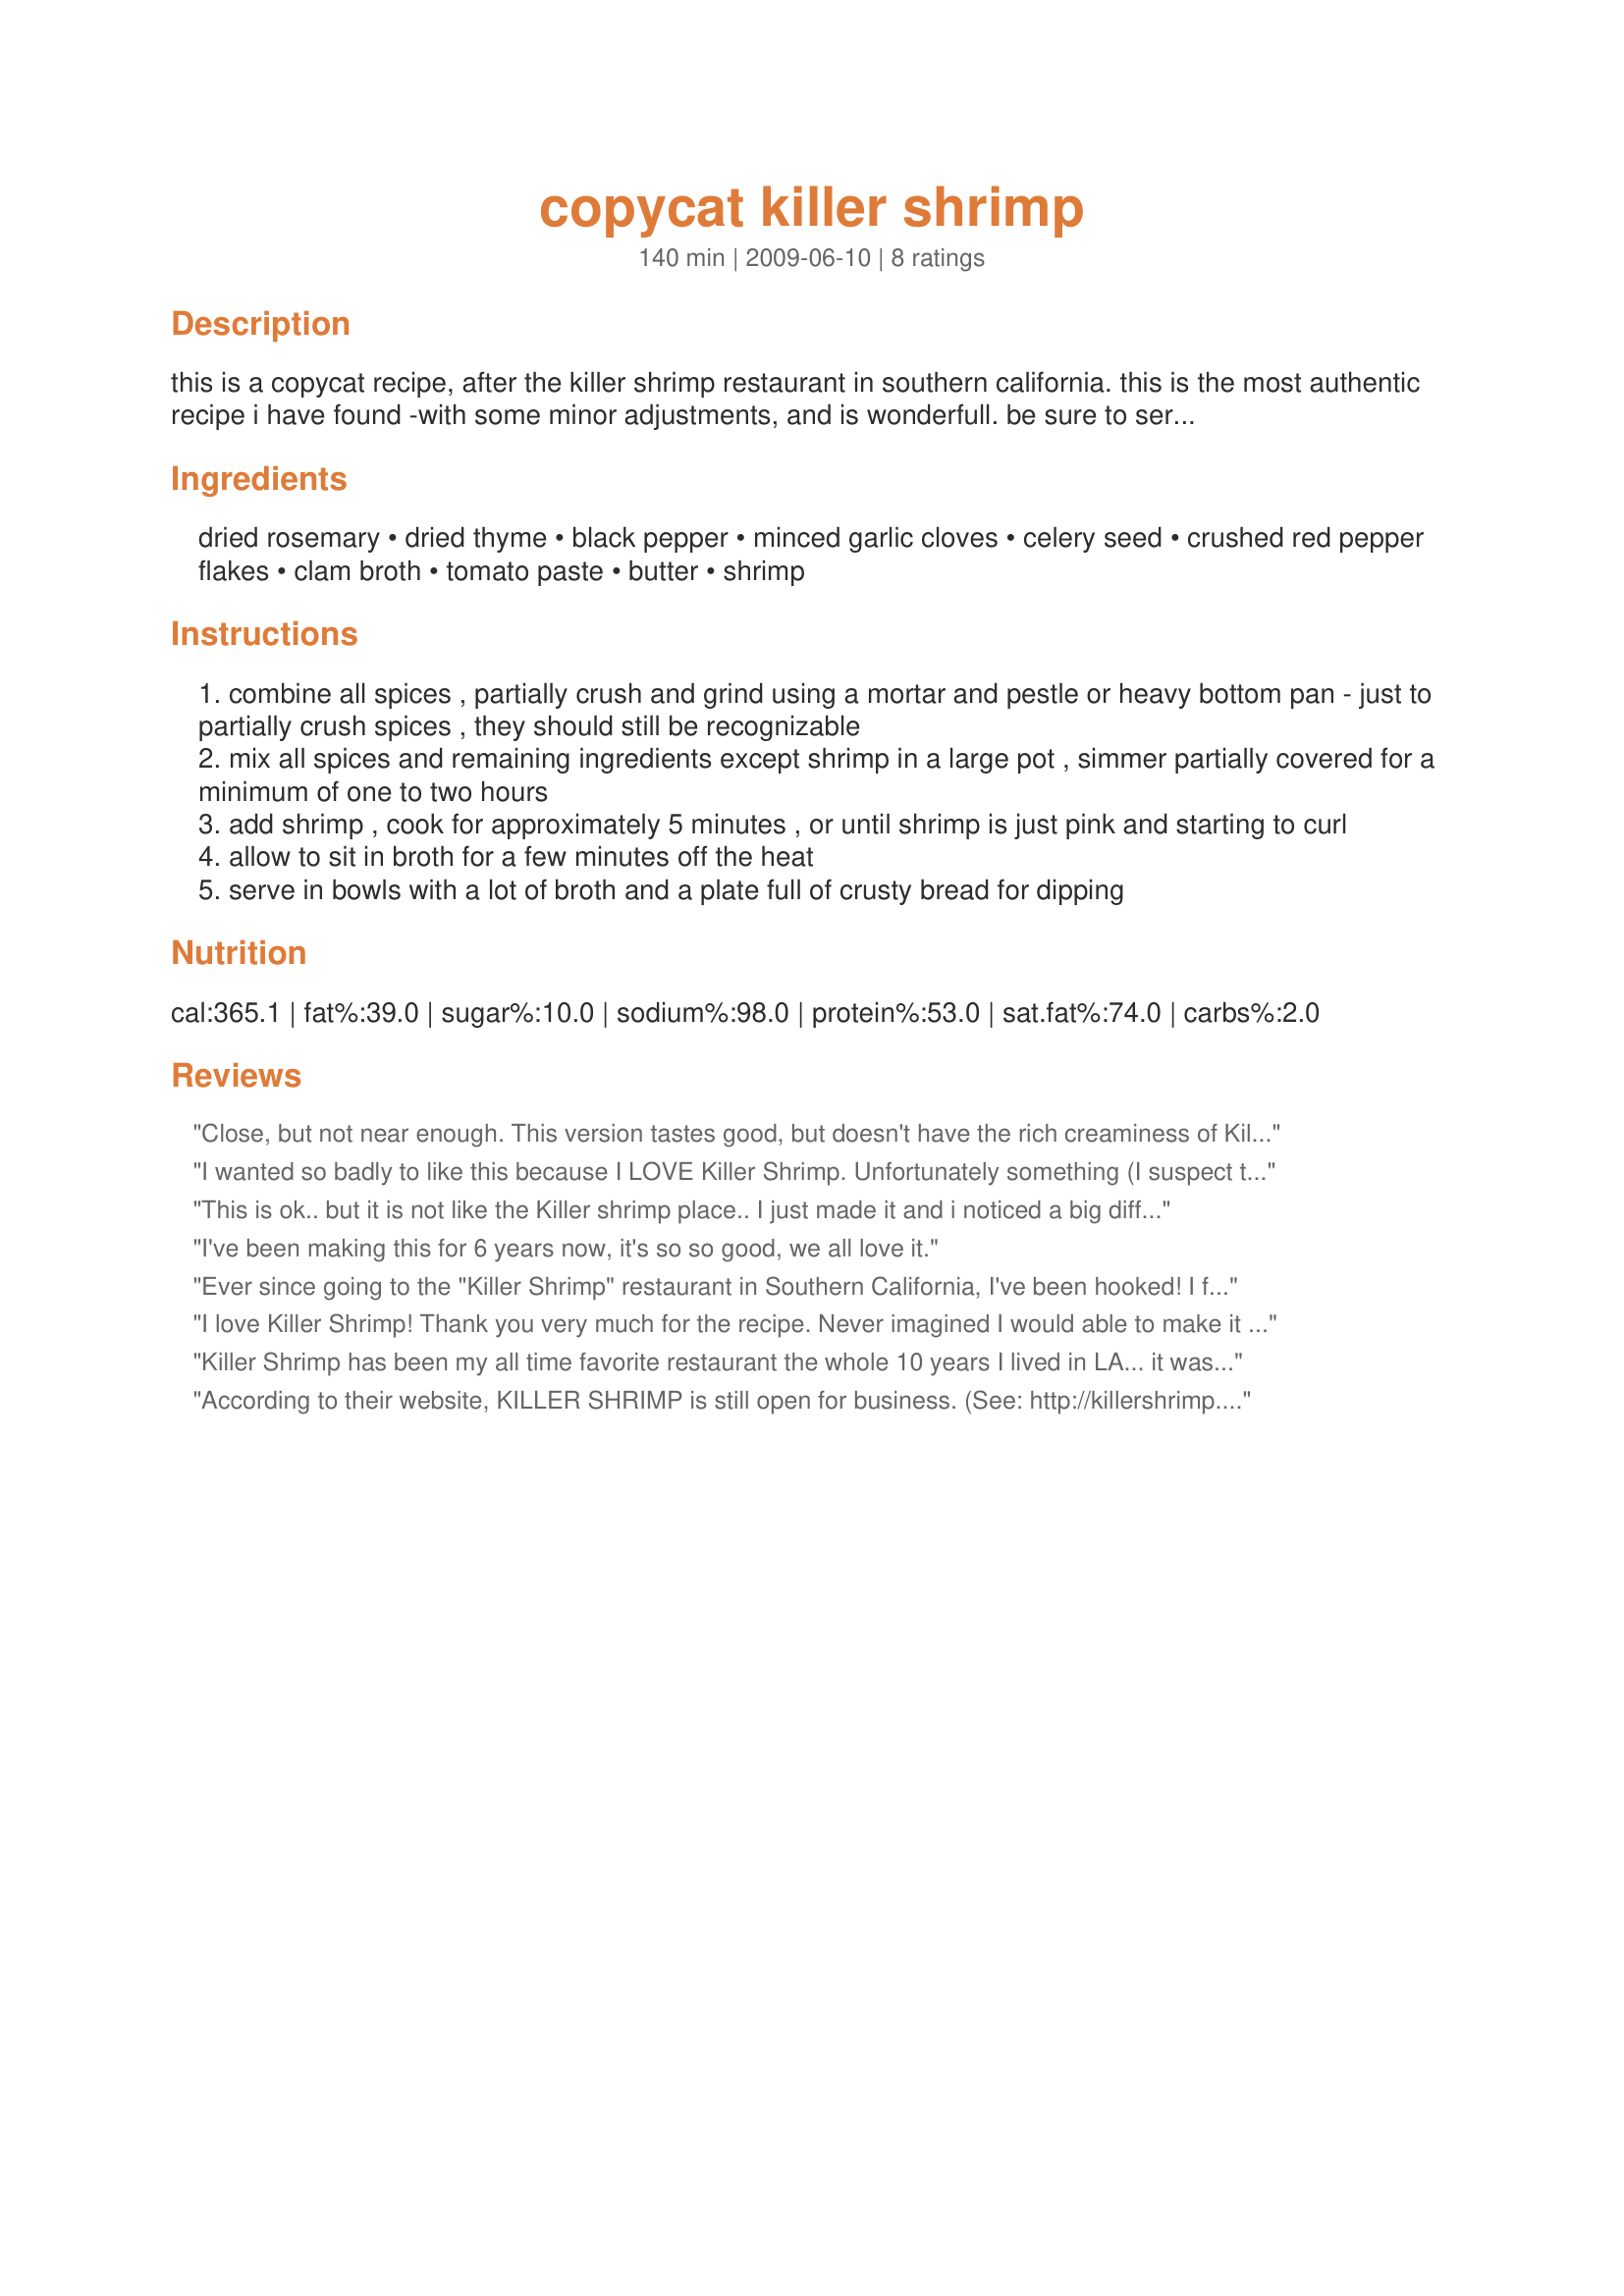
copycat killer shrimp
Preparation time: 140 minutes

this is a copycat recipe, after the killer shrimp restaurant in southern california. this is the most authentic recipe i have found -with some minor adjustments, and is wonderfull. be sure to serve with alot of crusty bread for dipping, the broth and bread is the best part of the meal to me. i usually do half and half clam broth and chicken broth, as a personal preference. we do peel and eat shrimp, but i have made with peeled shrimp as well. posting here as i don't see another like it combined with safe keeping, can't lose this!

Ingredients:
dried rosemary, dried thyme, black pepper, minced garlic cloves, celery seed, crushed red pepper flakes, clam broth, tomato paste, butter, shrimp

Steps:
combine all spices , partially crush and grind using a mortar and pestle or heavy bottom pan - just to partially crush spices , they should still be recognizable
mix all spices and remaining ingredients except shrimp in a large pot , simmer partially covered for a minimum of one to two hours
add shrimp , cook for approximately 5 minutes , or until shrimp is just pink and starting to curl
allow to sit in broth for a few minutes off the heat
serve in bowls with a lot of broth and a plate full of crusty bread for dipping

Reviews:
Close, but not near enough. This version tastes good, but doesn't have the rich creaminess of Killer Shrimp's recipe. I knocked this off pretty well and the key elements were butter, heavy whipping cream and beer. The clam juice and spices here are good, but don't even think the tomato paste is necessary. Thinking of trying the sherry another poster used to more closely match the color of KS's.
I wanted so badly to like this because I LOVE Killer Shrimp. Unfortunately something (I suspect the Rosemary?) turned the whole pot unbearably bitter. Maybe I did something wrong, but I feel like I followed the recipe exactly. Did anyone else have the same problem? It&#039;s a bummer, because I feel like this would have been good had this not happened.
This is ok.. but it is not like the Killer shrimp place.. I just made it and i noticed a big difference. first it needs sherry, will make it little sweeter, just like the restaurants, heavy whipping cream will give it the color and more of the smooth taste i remember.. also shallots really need to be added.. i think all of that would really make it taste like the restaurant.
I've been making this for 6 years now, it's so so good, we all love it.
Ever since going to the "Killer Shrimp" restaurant in Southern California, I've been hooked! I found a similar recipe on the internet years ago and have been making it ever since. I also add 1/2 teaspoon fennel with the spices and my clam juice is a little less and more chicken broth. I simmer that for an hour and then add one cup of white wine, simmer a little more and add the shrimp. Don't forget to buy the French bread to dip into the broth, I think that's really the best part. Thanks for posting, GIBride01, I'll be making this one for years to come!
I love Killer Shrimp! Thank you very much for the recipe. Never imagined I would able to make it myself. You hit the bullseye with this recipe. I used celery salt. The dish is delicious!!! Thank you again.
Killer Shrimp has been my all time favorite restaurant the whole 10 years I lived in LA... it was awesome! i went back a few years ago, and was SO sad to see it was closed, never having gotten to share it with my now-hubby... I made this recipe last night, and it was HEAVEN! I was nervous about the tomato paste (i didn't remember that taste/smell) but it was AWESOME! and my hubby LOVED it! will make this one of my regulars! thank you for posting this!
According to their website, KILLER SHRIMP is still open for business. (See: http://killershrimp.com/) I'm a Killer Shrimp devotee since 1998 . . . but no longer living in SoCal and missing the restaurant big time!
